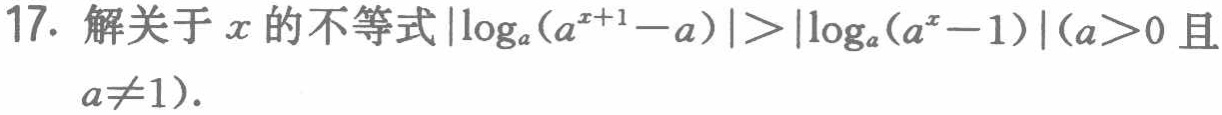
17. 解关于\(x\)的不等式\(\vert\log_{a}(a^{x + 1}-a)\vert>\vert\log_{a}(a^{x}-1)\vert(a>0且a\neq1)\).